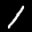
Label: 1